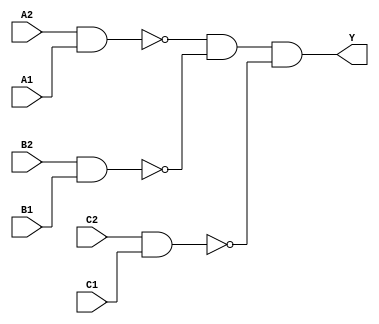
module sky130_fd_sc_hdll__a222oi (
    Y ,
    A1,
    A2,
    B1,
    B2,
    C1,
    C2
);

    // Module ports
    output Y ;
    input  A1;
    input  A2;
    input  B1;
    input  B2;
    input  C1;
    input  C2;

    // Local signals
    wire nand0_out ;
    wire nand1_out ;
    wire nand2_out ;
    wire and0_out_Y;

    //   Name   Output      Other arguments
    nand nand0 (nand0_out , A2, A1                         );
    nand nand1 (nand1_out , B2, B1                         );
    nand nand2 (nand2_out , C2, C1                         );
    and  and0  (and0_out_Y, nand0_out, nand1_out, nand2_out);
    buf  buf0  (Y         , and0_out_Y                     );

endmodule